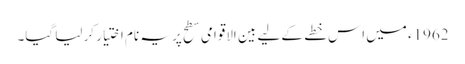
1962ء میں اِس خطے کے لیے بین الاقوامی سطح پر یہ نام اختیار کر لیا گیا۔